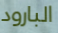
البارود